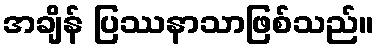
အချိန် ပြဿနာသာဖြစ်သည်။